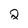
Character: 2